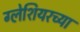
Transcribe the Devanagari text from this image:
ग्लेशियरच्या